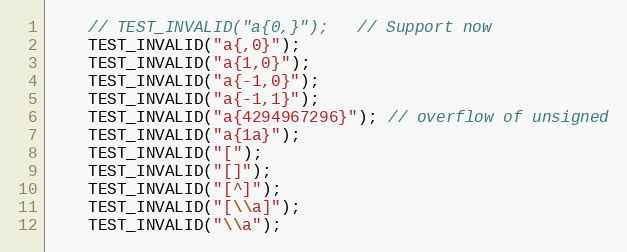
Language: C++
    // TEST_INVALID("a{0,}");   // Support now
    TEST_INVALID("a{,0}");
    TEST_INVALID("a{1,0}");
    TEST_INVALID("a{-1,0}");
    TEST_INVALID("a{-1,1}");
    TEST_INVALID("a{4294967296}"); // overflow of unsigned
    TEST_INVALID("a{1a}");
    TEST_INVALID("[");
    TEST_INVALID("[]");
    TEST_INVALID("[^]");
    TEST_INVALID("[\\a]");
    TEST_INVALID("\\a");